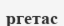
ргетас